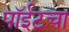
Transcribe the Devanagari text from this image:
पॉईंटचा